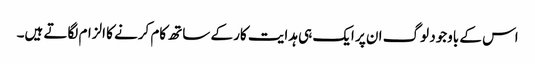
اس کے باوجود لوگ ان پر ایک ہی ہدایت کار کے ساتھ کام کرنے کا الزام لگاتے ہیں۔